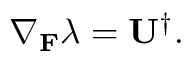
\nabla _ { \mathbf { F } } \lambda = \mathbf { U } ^ { \dagger } .